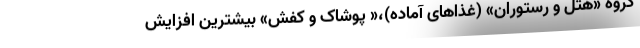
گروه «هتل و رستوران» (غذاهای آماده)،« پوشاک و کفش» بیشترین افزایش